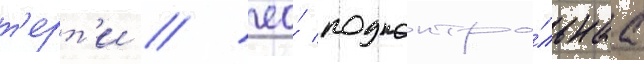
т'ерт'и / ео́ подконтро́льнаа